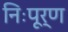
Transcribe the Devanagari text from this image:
निःपूर्ण